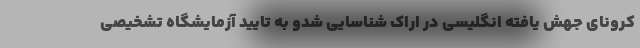
کرونای جهش یافته انگلیسی در اراک شناسایی شدو به تایید آزمایشگاه تشخیصی